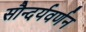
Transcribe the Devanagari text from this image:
सौन्दर्यवर्णन